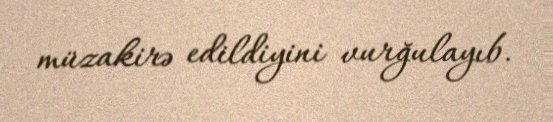
müzakirə edildiyini vurğulayıb.